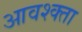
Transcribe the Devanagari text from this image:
आवश्क्ता